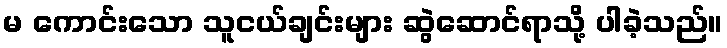
မ ကောင်းသော သူငယ်ချင်းများ ဆွဲဆောင်ရာသို့ ပါခဲ့သည်။